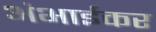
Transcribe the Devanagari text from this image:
अंभाईकर